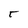
Character: T